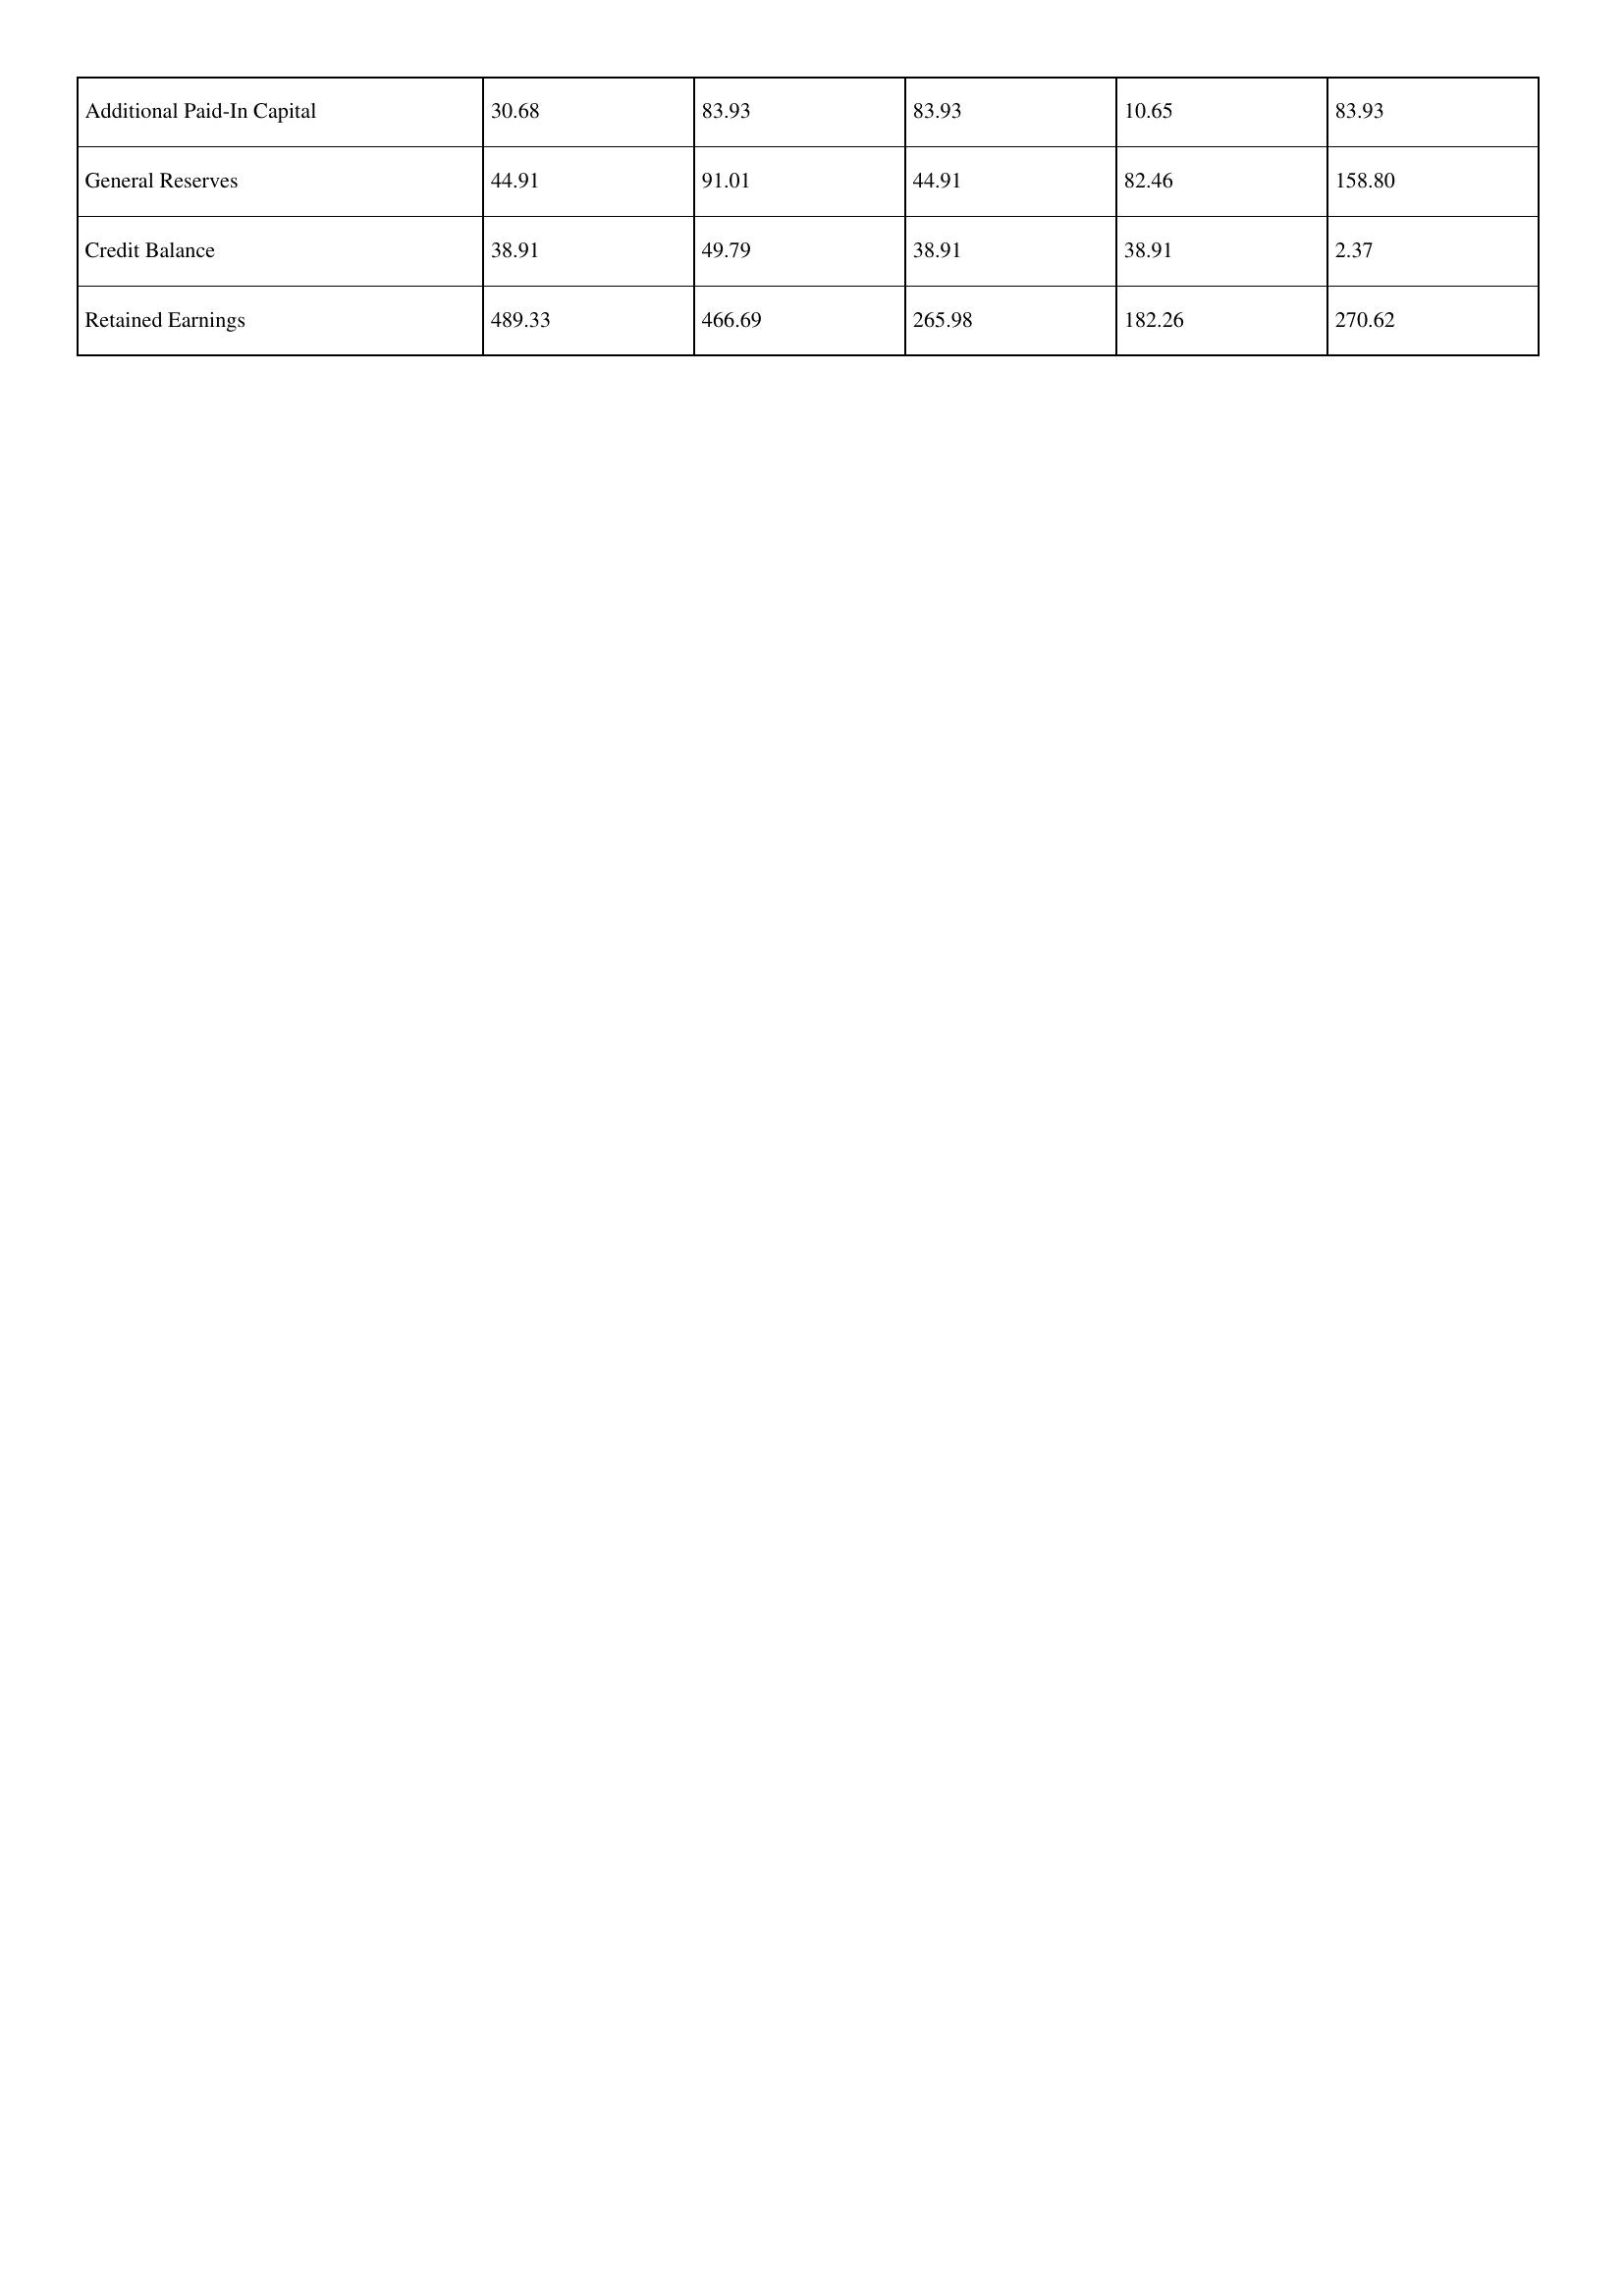
gt_parse: 2013: Additional Paid-In Capital: 30.68
General Reserves: 44.91
Credit Balance: 38.91
Retained Earnings: 489.33
2012: Additional Paid-In Capital: 83.93
General Reserves: 91.01
Credit Balance: 49.79
Retained Earnings: 466.69
2011: Additional Paid-In Capital: 83.93
General Reserves: 44.91
Credit Balance: 38.91
Retained Earnings: 265.98
2010: Additional Paid-In Capital: 10.65
General Reserves: 82.46
Credit Balance: 38.91
Retained Earnings: 182.26
2009: Additional Paid-In Capital: 83.93
General Reserves: 158.80
Credit Balance: 2.37
Retained Earnings: 270.62